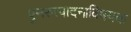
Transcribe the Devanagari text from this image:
पुनरुत्पादनाविषयक